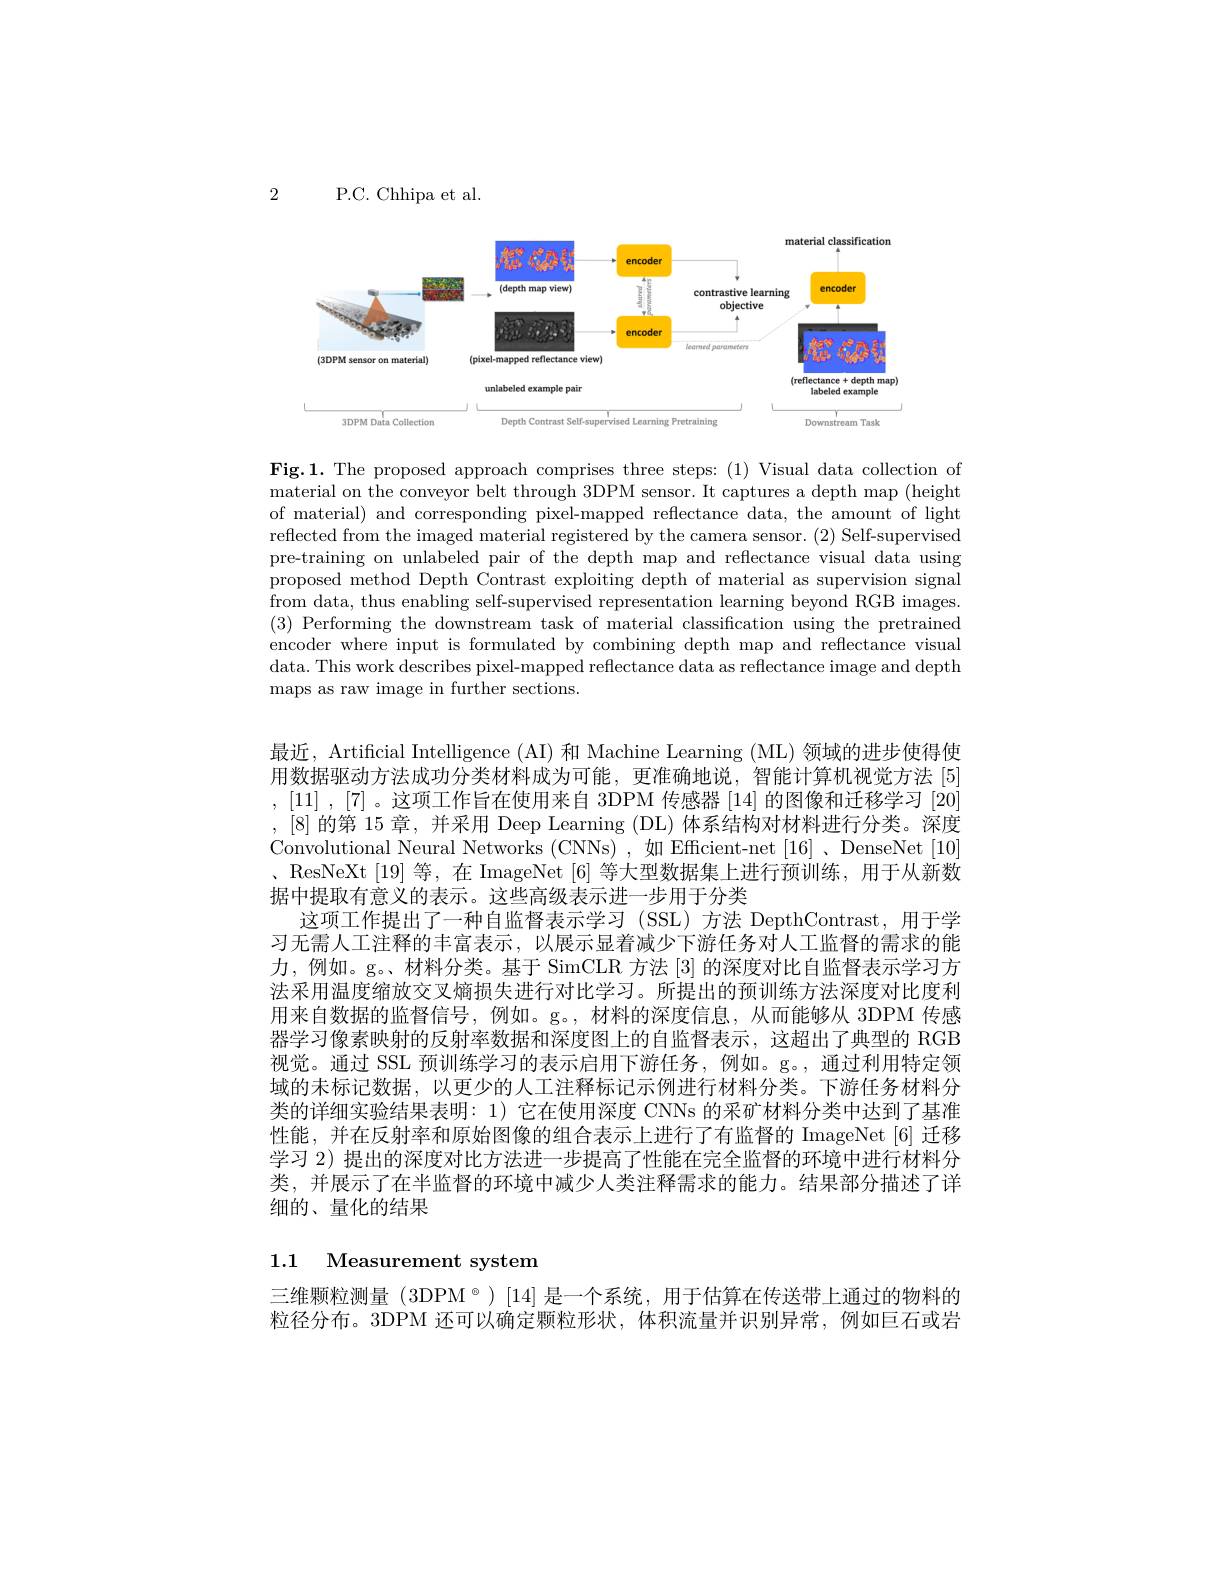
2

P.C. Chhipa et al.

<FigureHere>

Fig.1. The proposed approach comprises three steps: (1) Visual data collection of material on the conveyor belt through 3DPM sensor. It captures a depth map (height) of material) and corresponding pixel-mapped reflectance data, the amount of light reflected from the imaged material registered by the camera sensor. (2) Self-supervised pre-training on unlabeled pair of the depth map and reflectance visual data using proposed method Depth Contrast exploiting depth of material as supervision signal from data, thus enabling self-supervised representation learning beyond RGB images. (3) Performing the downstream task of material classification using the pretrained encoder where input is formulated by combining depth map and reflectance visual data. This work describes pixel-mapped reflectance data as reflectance image and depth maps as raw image in further sections.

最近，Artificial Intelligence (AI) 和 Machine Learning (ML) 领域的进步使得使用数据驱动方法成功分类材料成为可能，更准确地说，智能计算机视觉方法[5] ,[11] ,[7]。这项工作旨在使用来自 3DPM 传感器 [14] 的图像和迁移学习 [20] ,[8] 的第 15 章，并采用 Deep Learning (DL) 体系结构对材料进行分类。深度Convolutional Neural Networks (CNNs),如 Efficient-net[16]、DenseNet[10] 、ResNeXt[19] 等，在 ImageNet[6] 等大型数据集上进行预训练，用于从新数据中提取有意义的表示。这些高级表示进一步用于分类
这项工作提出了一种自监督表示学习(SSL)方法 DepthContrast,用于学习无需人工注释的丰富表示，以展示显着减少下游任务对人工监督的需求的能力，例如。g。、材料分类。基于 SimCLR 方法 [3] 的深度对比自监督表示学习方法采用温度缩放交叉熵损失进行对比学习。所提出的预训练方法深度对比度利用来自数据的监督信号，例如。g。,材料的深度信息，从而能够从 3DPM 传感器学习像素映射的反射率数据和深度图上的自监督表示，这超出了典型的 RGB 视觉。通过 SSL 预训练学习的表示启用下游任务，例如。g。,通过利用特定领域的末标记数据，以更少的人工注释标记示例进行材料分类。下游任务材料分类的详细实验结果表明：1) 它在使用深度 CNNs 的采矿材料分类中达到了基准性能，并在反射率和原始图像的组合表示上进行了有监督的 ImageNet [6] 迁移学习 2) 提出的深度对比方法进一步提高了性能在完全监督的环境中进行材料分类，并展示了在半监督的环境中减少人类注释需求的能力。结果部分描述了详细的、量化的结果

### 1.1 Measurement system

三维颗粒测量 (3DPM°)[14]是一个系统，用于估算在传送带上通过的物料的粒径分布。3DPM 还可以确定颗粒形状，体积流量并识别异常，例如巨石或岩